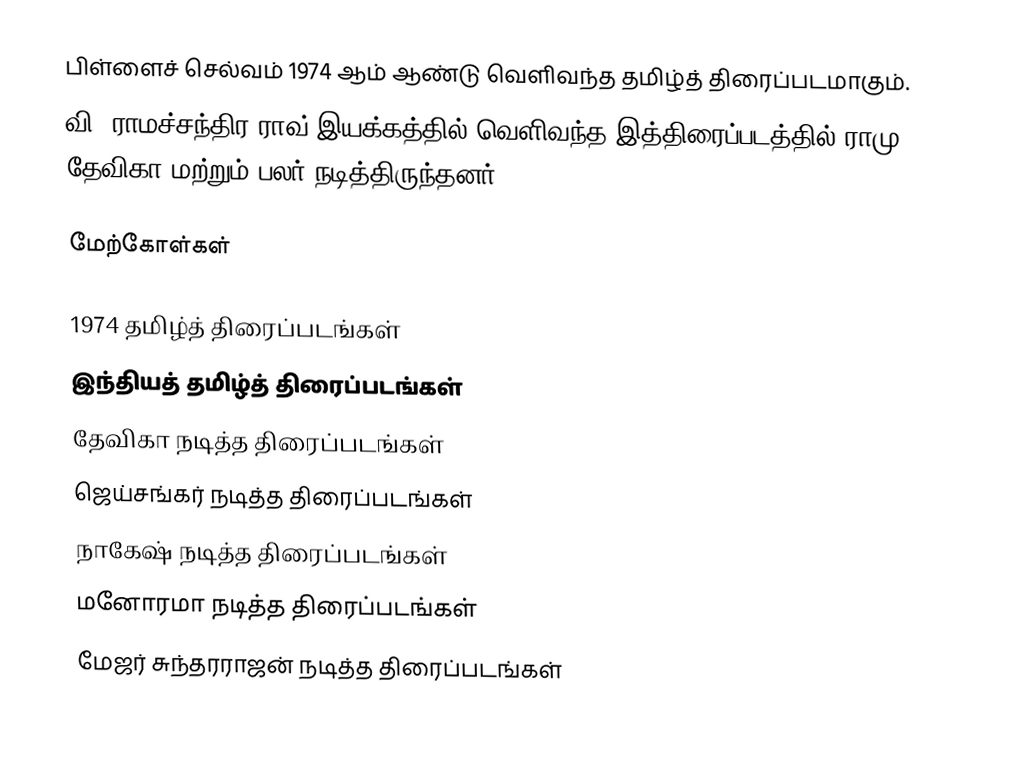
பிள்ளைச் செல்வம் 1974 ஆம் ஆண்டு வெளிவந்த தமிழ்த் திரைப்படமாகும்.
வி. ராமச்சந்திர ராவ் இயக்கத்தில் வெளிவந்த இத்திரைப்படத்தில் ராமு, தேவிகா மற்றும் பலர் நடித்திருந்தனர்.

மேற்கோள்கள்

1974 தமிழ்த் திரைப்படங்கள்
இந்தியத் தமிழ்த் திரைப்படங்கள்
தேவிகா நடித்த திரைப்படங்கள்
ஜெய்சங்கர் நடித்த திரைப்படங்கள்
நாகேஷ் நடித்த திரைப்படங்கள்
மனோரமா நடித்த திரைப்படங்கள்
மேஜர் சுந்தரராஜன் நடித்த திரைப்படங்கள்